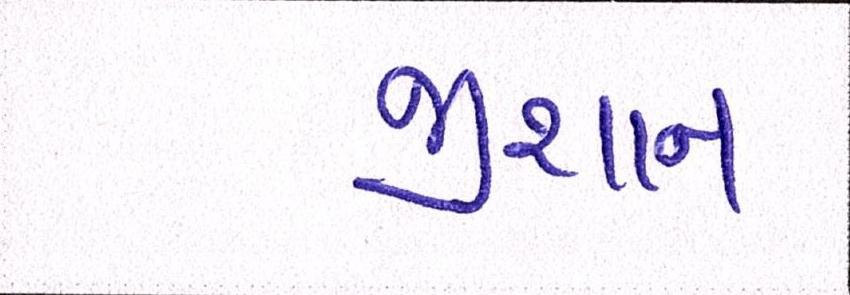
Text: જીશાન